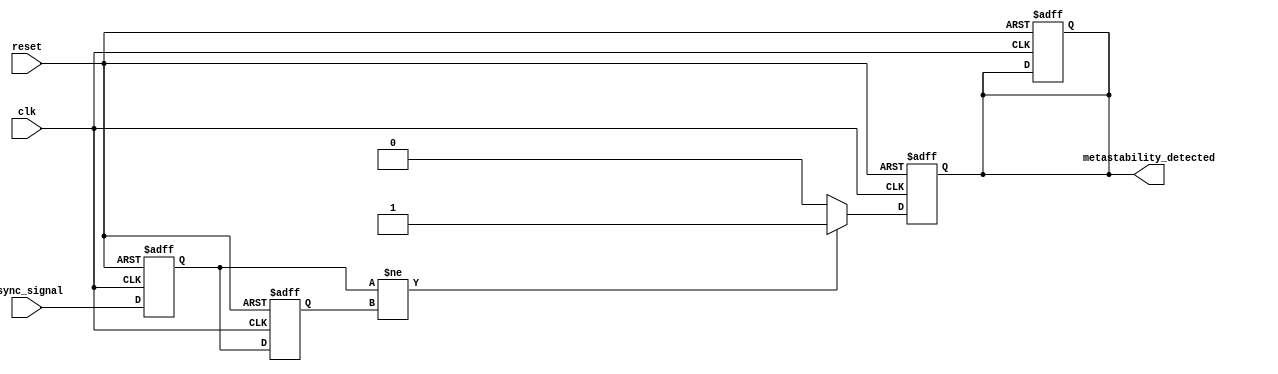
module metastability_detector (
    input wire clk,                // Clock signal
    input wire async_signal,       // Asynchronous input signal
    input wire reset,              // Asynchronous reset signal
    output reg metastability_detected // Output signal indicating metastability
);

    reg async_signal_prev;         // Previous value of the asynchronous signal
    reg pulse;                     // Pulse signal for detecting transitions
    reg ff1_out;                  // Output of the first flip-flop
    reg ff2_out;                  // Output of the second flip-flop

    // Pulse Generator
    always @(posedge clk or posedge reset) begin
        if (reset) begin
            pulse <= 1'b0;
            async_signal_prev <= async_signal;
        end else begin
            // Detect transition
            if (async_signal != async_signal_prev) begin
                pulse <= 1'b1; // Generate pulse on transition
            end else begin
                pulse <= 1'b0; // Reset pulse if no transition
            end
            async_signal_prev <= async_signal; // Update previous signal
        end
    end

    // Sampling Flip-Flops
    always @(posedge clk or posedge reset) begin
        if (reset) begin
            ff1_out <= 1'b0;
            ff2_out <= 1'b0;
            metastability_detected <= 1'b0;
        end else begin
            ff1_out <= async_signal; // Sample input signal
            ff2_out <= ff1_out;      // Sample output of first flip-flop
        end
    end

    // Metastability Detection Logic
    always @(posedge clk or posedge reset) begin
        if (reset) begin
            metastability_detected <= 1'b0;
        end else begin
            // Check for metastability condition
            // Here we assume a metastability condition if the two
            // flip-flops are not in the same state, indicating a potential issue.
            if (ff1_out != ff2_out) begin
                metastability_detected <= 1'b1; // Metastability detected
            end else begin
                metastability_detected <= 1'b0; // Clear detection
            end
        end
    end

endmodule